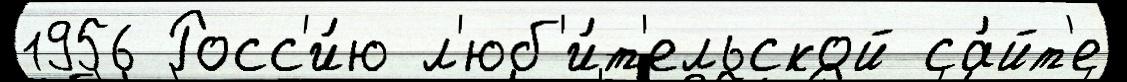
1956 Росс'и́ю л'юб'и́т'ельской са́йт'е